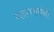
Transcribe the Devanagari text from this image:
गदगकरांनी